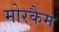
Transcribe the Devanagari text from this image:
मोरकैम